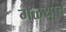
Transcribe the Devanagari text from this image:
गळयात